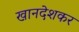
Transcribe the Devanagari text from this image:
खानदेशकर